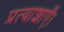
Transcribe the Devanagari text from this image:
प्रत्याशाएँ।